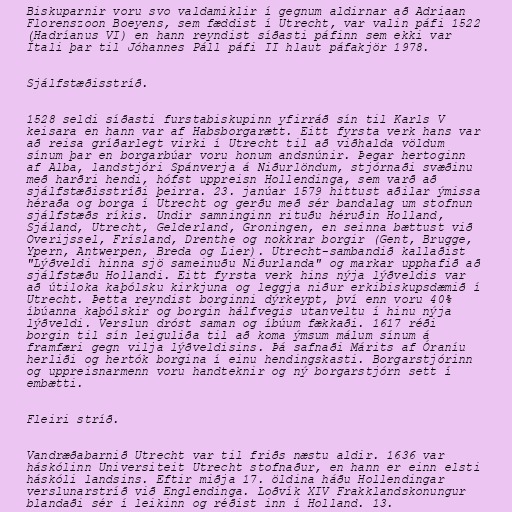
Biskuparnir voru svo valdamiklir í gegnum aldirnar að Adriaan
Florenszoon Boeyens, sem fæddist í Utrecht, var valin páfi 1522
(Hadríanus VI) en hann reyndist síðasti páfinn sem ekki var
Ítali þar til Jóhannes Páll páfi II hlaut páfakjör 1978.

Sjálfstæðisstríð.

1528 seldi síðasti furstabiskupinn yfirráð sín til Karls V
keisara en hann var af Habsborgarætt. Eitt fyrsta verk hans var
að reisa gríðarlegt virki í Utrecht til að viðhalda völdum
sínum þar en borgarbúar voru honum andsnúnir. Þegar hertoginn
af Alba, landstjóri Spánverja á Niðurlöndum, stjórnaði svæðinu
með harðri hendi, hófst uppreisn Hollendinga, sem varð að
sjálfstæðisstríði þeirra. 23. janúar 1579 hittust aðilar ýmissa
héraða og borga í Utrecht og gerðu með sér bandalag um stofnun
sjálfstæðs ríkis. Undir samninginn rituðu héruðin Holland,
Sjáland, Utrecht, Gelderland, Groningen, en seinna bættust við
Overijssel, Frísland, Drenthe og nokkrar borgir (Gent, Brugge,
Ypern, Antwerpen, Breda og Lier). Utrecht-sambandið kallaðist
"Lýðveldi hinna sjö sameinuðu Niðurlanda" og markar upphafið að
sjálfstæðu Hollandi. Eitt fyrsta verk hins nýja lýðveldis var
að útiloka kaþólsku kirkjuna og leggja niður erkibiskupsdæmið í
Utrecht. Þetta reyndist borginni dýrkeypt, því enn voru 40%
íbúanna kaþólskir og borgin hálfvegis utanveltu í hinu nýja
lýðveldi. Verslun dróst saman og íbúum fækkaði. 1617 réði
borgin til sín leiguliða til að koma ýmsum málum sínum á
framfæri gegn vilja lýðveldisins. Þá safnaði Márits af Óraníu
herliði og hertók borgina í einu hendingskasti. Borgarstjórinn
og uppreisnarmenn voru handteknir og ný borgarstjórn sett í
embætti.

Fleiri stríð.

Vandræðabarnið Utrecht var til friðs næstu aldir. 1636 var
háskólinn Universiteit Utrecht stofnaður, en hann er einn elsti
háskóli landsins. Eftir miðja 17. öldina háðu Hollendingar
verslunarstríð við Englendinga. Loðvík XIV Frakklandskonungur
blandaði sér í leikinn og réðist inn í Holland. 13.